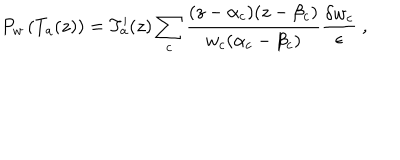
P _ { w } \left( T _ { a } ( z ) \right) = T _ { a } ^ { \prime } ( z ) \sum _ { c } \frac { ( z - \alpha _ { c } ) ( z - \beta _ { c } ) } { w _ { c } ( \alpha _ { c } - \beta _ { c } ) } \frac { \delta w _ { c } } { \epsilon } \ ,